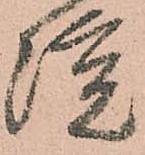
院